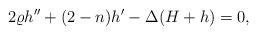
LaTeX: \begin{align*}2\varrho h^{\prime\prime}+(2-n) h^\prime-\Delta(H+h)=0,\end{align*}